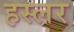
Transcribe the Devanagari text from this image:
हस्‍लर